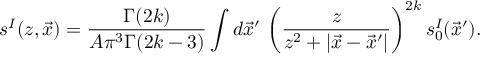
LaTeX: s ^ { I } ( z , \vec { x } ) = \frac { \Gamma ( 2 k ) } { A \pi ^ { 3 } \Gamma ( 2 k - 3 ) } \int d \vec { x } ^ { \prime } \, \left( \frac { z } { z ^ { 2 } + | \vec { x } - \vec { x } ^ { \prime } | } \right) ^ { 2 k } s _ { 0 } ^ { I } ( \vec { x } ^ { \prime } ) .